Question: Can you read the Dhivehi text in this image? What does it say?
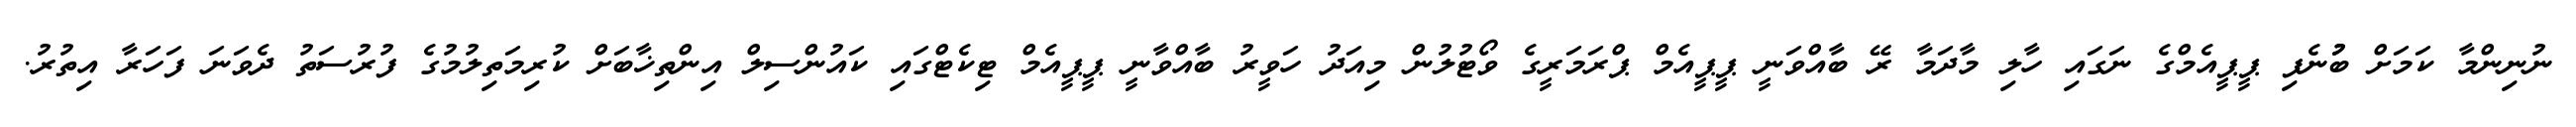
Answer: ނުނިންމާ ކަމަށް ބުުނެފި ޕީޕީއެމްގެ ނަގައި ހާލި މާދަމާ ރޭ ބާއްވަނީ ޕީޕީއެމް ޕްރަމަރީގެ ވޯޓުލުން މިއަދު ހަވީރު ބާއްވާނީ ޕީޕީއެމް ޓިކެޓްގައި ކައުންސިލް އިންތިޚާބަށް ކުރިމަތިލުމުގެ ފުރުސަތު ދެވަނަ ފަހަރާ އިތުރު.